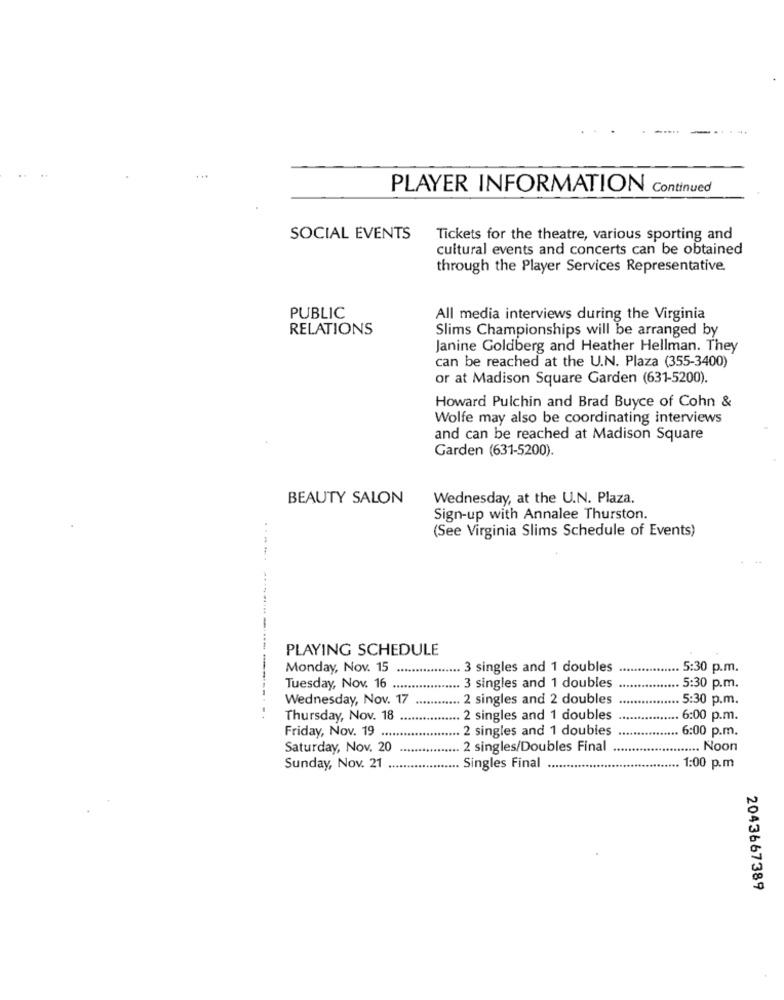
..
..
PLAYER INFORMATION Continued
SOCIAL EVENTS
Tickets for the theatre, various sporting and
cultural events and concerts can be obtained
through the Player Services Representative.
PUBLIC
All media interviews during the Virginia
RELATIONS
Slims Championships will be arranged by
Janine Goldberg and Heather Hellman. They
can be reached at the U.N. Plaza (355-3400)
or at Madison Square Garden (631-5200).
Howard Pulchin and Brad Buyce of Cohn &
Wolfe may also be coordinating interviews
and can be reached at Madison Square
Garden (631-5200).
BEAUTY SALON
Wednesday, at the U.N. Plaza.
Sign-up with Annalee Thurston.
(See Virginia Slims Schedule of Events)
.....
PLAYING SCHEDULE
Monday, Nov. 15
3 singles and 1 doubles
. 5:30 p.m.
Tuesday, Nov. 16 ....
3 singles and 1 doubles
. 5:30 p.m.
Wednesday, Nov. 17
2 singles and 2 doubles
5:30 p.m.
Thursday, Nov. 18
2 singles and 1 doubles
6:00 p.m.
2 singles and 1 doubles
.. 6:00 p.m.
Friday, Nov. 19 ....
Saturday, Nov. 20
2 singles/Doubles Final
.... Noon
Sunday, Nov. 21
Singles Final
.. 1:00 p.m
2043667389